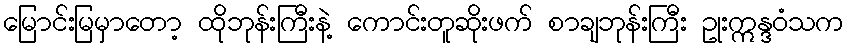
မြောင်းမြမှာတော့ ထိုဘုန်းကြီးနဲ့ ကောင်းတူဆိုးဖက် စာချဘုန်းကြီး ဥုးဣန္ဒဝံသက